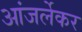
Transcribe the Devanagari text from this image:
आंजर्लेकर